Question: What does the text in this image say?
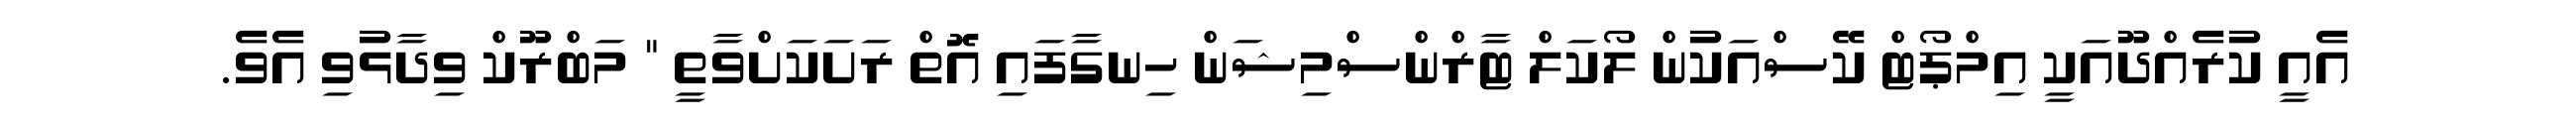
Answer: އެއީ ކުރެއްދޫއަކީ އިމްޕޯޓް ކޭސްއަކުން ލޯކަލް ޓާރްންސްމިޝަން ހިނގާފައި އޮތް ރަށަކަށްވާތީ " މަބްރޫކް ވިދާޅުވި އެވެ.